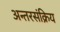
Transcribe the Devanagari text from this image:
अन्तरसंक्रिय